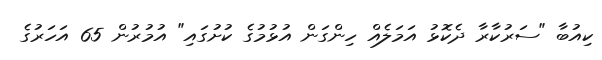
ކިއުބާ "ސަރުކާރާ ދެކޮޅު އަމަލެއް ހިންގަން އުޅުމުގެ ކުށުގައި" އުމުރުން 65 އަހަރުގެ